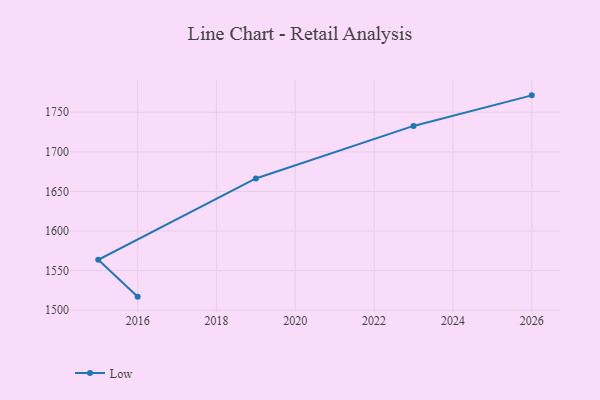
{"axis": {"x": "Year", "y": "Energy Usage (MWh)"}, "legend": ["Low"], "data": [{"x": "2016", "y": 1517.1, "type": "Low"}, {"x": "2015", "y": 1563.6, "type": "Low"}, {"x": "2019", "y": 1666.4, "type": "Low"}, {"x": "2023", "y": 1732.8, "type": "Low"}, {"x": "2026", "y": 1771.4, "type": "Low"}]}